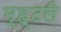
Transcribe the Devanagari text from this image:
म्ह्टले